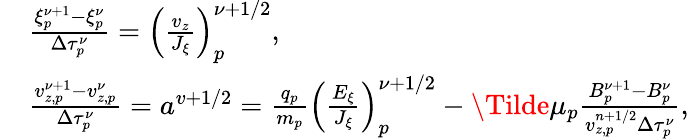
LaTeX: \begin{array}{rl}&{\frac{\xi_{p}^{\nu+1}-\xi_{p}^{\nu}}{\Delta\tau_{p}^{\nu}}=\left(\frac{v_{z}}{J_{\xi}}\right)_{p}^{\nu+1/2},}\\ &{\frac{v_{z,p}^{\nu+1}-v_{z,p}^{\nu}}{\Delta\tau_{p}^{\nu}}=a^{v+1/2}=\frac{q_{p}}{m_{p}}\left(\frac{E_{\xi}}{J_{\xi}}\right)_{p}^{\nu+1/2}-\Tilde{\mu}_{p}\frac{B_{p}^{\nu+1}-B_{p}^{\nu}}{v_{z,p}^{n+1/2}\Delta\tau_{p}^{\nu}},}\end{array}